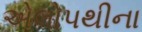
એલોપથીના